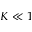
K \ll 1